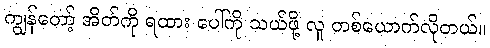
ကျွန်တော့် အိတ်ကို ရထား ပေါ်ကို သယ်ဖို့ လူ တစ်ယောက်လိုတယ်။